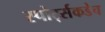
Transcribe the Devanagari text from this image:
स्पोर्ट्सकडेच